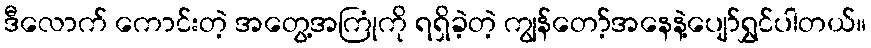
ဒီလောက် ကောင်းတဲ့ အတွေ့အကြုံကို ရရှိခဲ့တဲ့ ကျွန်တော့်အနေနဲ့ပျော်ရွှင်ပါတယ်။